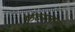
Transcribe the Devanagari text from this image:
फुंदनलाल